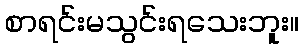
စာရင်းမသွင်းရသေးဘူး။